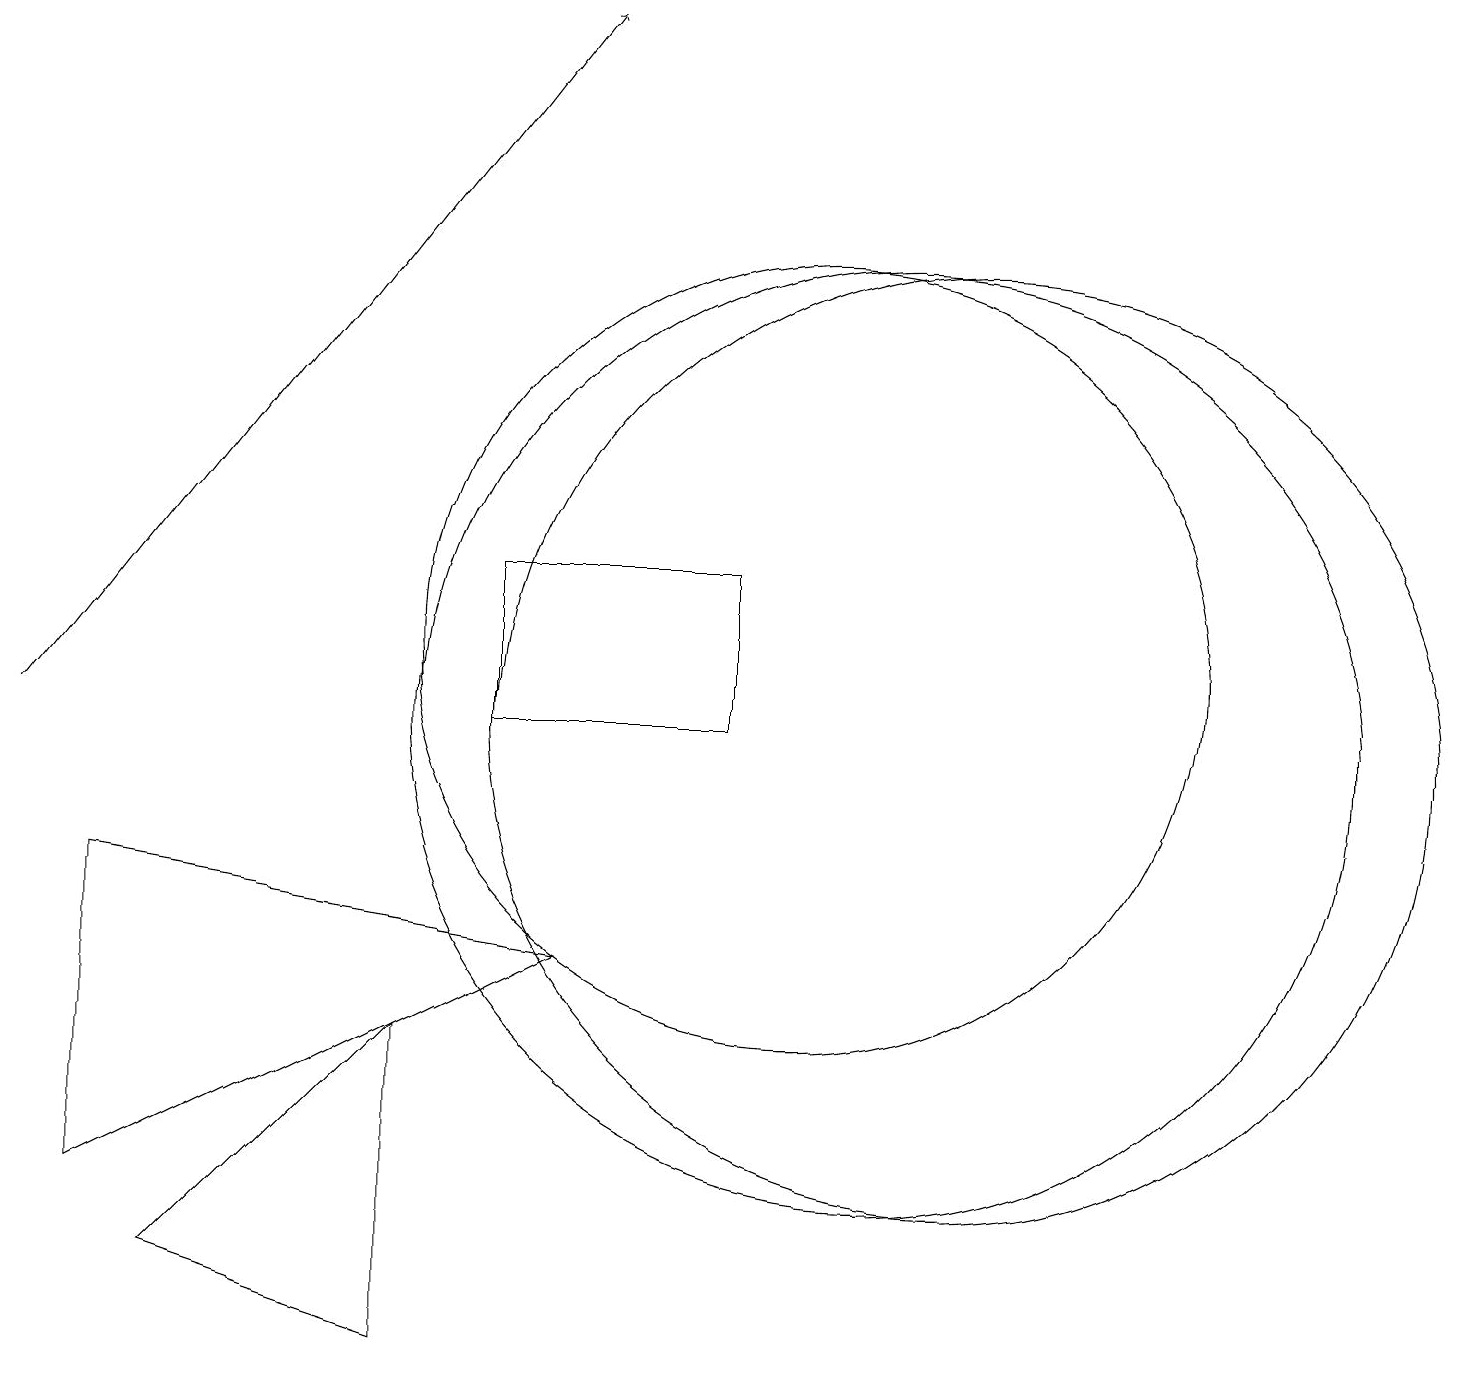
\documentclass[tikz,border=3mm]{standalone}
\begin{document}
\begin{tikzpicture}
\draw (1,4) -- (7,7) -- (1,8) -- cycle;
\draw (5,6) -- (5,2) -- (2,3) -- cycle;
\draw[->] (0,10) -- (7,19);
\draw (11,10) circle (6);
\draw (9,12) rectangle (6,10);
\draw (10,11) circle (5);
\draw (12,10) circle (6);
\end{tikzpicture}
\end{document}